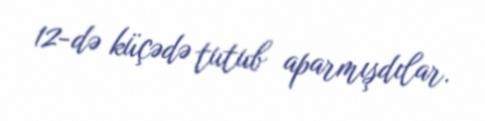
12-də küçədə tutub aparmışdılar.